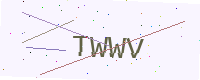
Text: TWWV